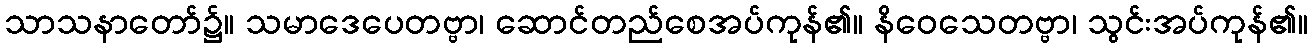
သာသနာတော်၌။ သမာဒေပေတဗ္ဗာ၊ ဆောင်တည်စေအပ်ကုန်၏။ နိဝေသေတဗ္ဗာ၊ သွင်းအပ်ကုန်၏။